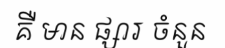
គឺ មាន ផ្សារ ចំនួន